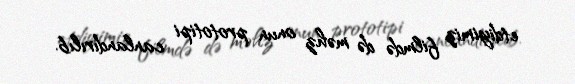
etdiyimiz filmdə də məhz onun prototipi canlandırılıb.